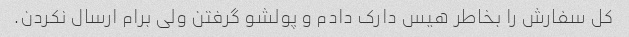
کل سفارش را بخاطر هیس دارک دادم و پولشو گرفتن ولی برام ارسال نکردن.